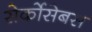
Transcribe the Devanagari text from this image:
सेर्कोसेबस